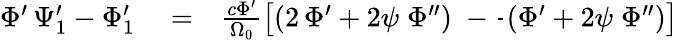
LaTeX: \begin{array}{rlr}{\Phi^{\prime}\, \Psi_{1}^{\prime}-\Phi_{1}^{\prime}}&{{}=}&{\frac{c\Phi^{\prime}}{\Omega_{0}}\left[(2\, \Phi^{\prime}+2\psi\; \Phi^{\prime\prime})\; -\frac{}{}(\Phi^{\prime}+2\psi\; \Phi^{\prime\prime})\right]}\end{array}